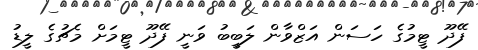
ފޭދޫ ޓީމުގެ ހަސަން އަޒްވާން ލަބީބު ވަނީ ފޭދޫ ޓީމަށް މެޗުގެ ލީޑު